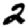
Digit: 2